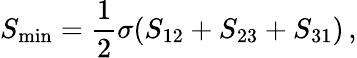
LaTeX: S_{\mathrm{min}}={\frac{1}{2}}\sigma(S_{12}+S_{23}+S_{31})\, ,